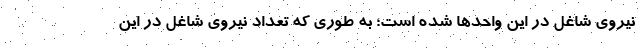
نیروی شاغل در این واحدها شده است؛ به طوری که تعداد نیروی شاغل در این